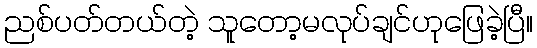
ညစ်ပတ်တယ်တဲ့ သူတော့မလုပ်ချင်ဟုဖြေခဲ့ပြီ။